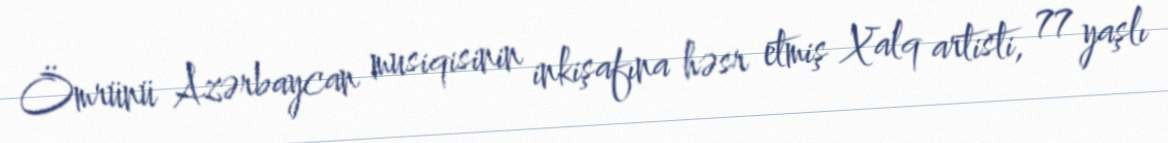
Ömrünü Azərbaycan musiqisinin inkişafına həsr etmiş Xalq artisti, 77 yaşlı